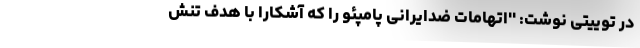
در توییتی نوشت: ''اتهامات ضدایرانی پامپئو را که آشکارا با هدف تنش